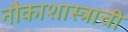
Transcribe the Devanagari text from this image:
नौकाशास्त्राची